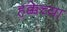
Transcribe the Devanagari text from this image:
हक्केच्या